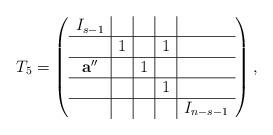
LaTeX: \begin{align*}T_5=\left ( \begin{array}{c|c|c|c|c}I_{s-1} & & & & \\ \hline & 1 & &1 & \\ \hline \mathbf a'' & & 1 & & \\ \hline & & &1 & \\ \hline & & & & I_{n-s-1} \\ \end{array} \right ) ,\end{align*}